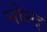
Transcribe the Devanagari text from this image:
नोन्द